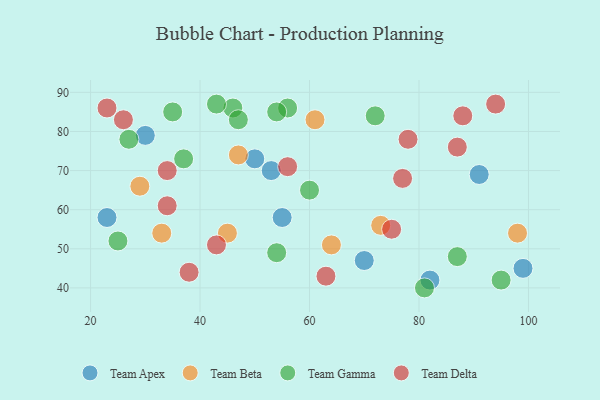
{"axis": {"x": "GDP", "y": "Life Expectancy"}, "legend": ["Team Apex", "Team Beta", "Team Delta", "Team Gamma"], "data": [{"x": "23", "y": 58, "type": "Team Apex"}, {"x": "82", "y": 42, "type": "Team Apex"}, {"x": "50", "y": 73, "type": "Team Apex"}, {"x": "30", "y": 79, "type": "Team Apex"}, {"x": "53", "y": 70, "type": "Team Apex"}, {"x": "55", "y": 58, "type": "Team Apex"}, {"x": "70", "y": 47, "type": "Team Apex"}, {"x": "91", "y": 69, "type": "Team Apex"}, {"x": "99", "y": 45, "type": "Team Apex"}, {"x": "61", "y": 83, "type": "Team Beta"}, {"x": "45", "y": 54, "type": "Team Beta"}, {"x": "64", "y": 51, "type": "Team Beta"}, {"x": "98", "y": 54, "type": "Team Beta"}, {"x": "33", "y": 54, "type": "Team Beta"}, {"x": "29", "y": 66, "type": "Team Beta"}, {"x": "73", "y": 56, "type": "Team Beta"}, {"x": "47", "y": 74, "type": "Team Beta"}, {"x": "72", "y": 84, "type": "Team Gamma"}, {"x": "27", "y": 78, "type": "Team Gamma"}, {"x": "60", "y": 65, "type": "Team Gamma"}, {"x": "54", "y": 49, "type": "Team Gamma"}, {"x": "46", "y": 86, "type": "Team Gamma"}, {"x": "56", "y": 86, "type": "Team Gamma"}, {"x": "95", "y": 42, "type": "Team Gamma"}, {"x": "43", "y": 87, "type": "Team Gamma"}, {"x": "37", "y": 73, "type": "Team Gamma"}, {"x": "87", "y": 48, "type": "Team Gamma"}, {"x": "47", "y": 83, "type": "Team Gamma"}, {"x": "81", "y": 40, "type": "Team Gamma"}, {"x": "25", "y": 52, "type": "Team Gamma"}, {"x": "35", "y": 85, "type": "Team Gamma"}, {"x": "54", "y": 85, "type": "Team Gamma"}, {"x": "75", "y": 55, "type": "Team Delta"}, {"x": "88", "y": 84, "type": "Team Delta"}, {"x": "38", "y": 44, "type": "Team Delta"}, {"x": "34", "y": 61, "type": "Team Delta"}, {"x": "23", "y": 86, "type": "Team Delta"}, {"x": "34", "y": 70, "type": "Team Delta"}, {"x": "77", "y": 68, "type": "Team Delta"}, {"x": "87", "y": 76, "type": "Team Delta"}, {"x": "78", "y": 78, "type": "Team Delta"}, {"x": "63", "y": 43, "type": "Team Delta"}, {"x": "43", "y": 51, "type": "Team Delta"}, {"x": "26", "y": 83, "type": "Team Delta"}, {"x": "94", "y": 87, "type": "Team Delta"}, {"x": "56", "y": 71, "type": "Team Delta"}]}